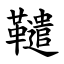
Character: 䪈